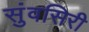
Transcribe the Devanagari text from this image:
सुंवसिरी